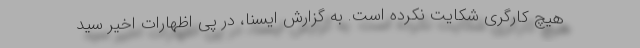
هیچ کارگری شکایت نکرده است. به گزارش ایسنا، در پی اظهارات اخیر سید